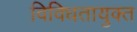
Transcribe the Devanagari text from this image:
विविधतायुक्त